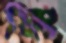
শ্রিং